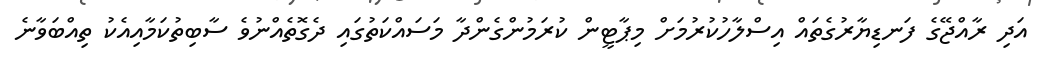
އަދި ރާއްޖޭގެ ފަނޑިޔާރުގެތައް އިސްލާހުކުރުމަށް މިޕާޓީން ކުރަމުންގެންދާ މަސައްކަތުގައި ދެގޮތެއްނުވެ ސާބިތުކަމާއިއެކު ތިއްބަވާނެ